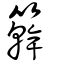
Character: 簳